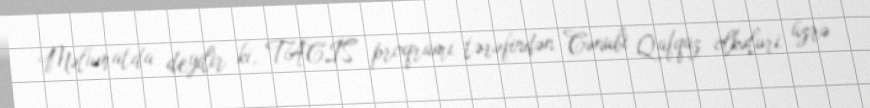
Məlumatda deyilir ki, TACİS proqramı tərəfindən Cənubi Qafqaz ölkələri üzrə